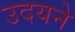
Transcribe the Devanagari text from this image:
उदयने